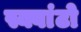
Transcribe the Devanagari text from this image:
स्क्वांटो